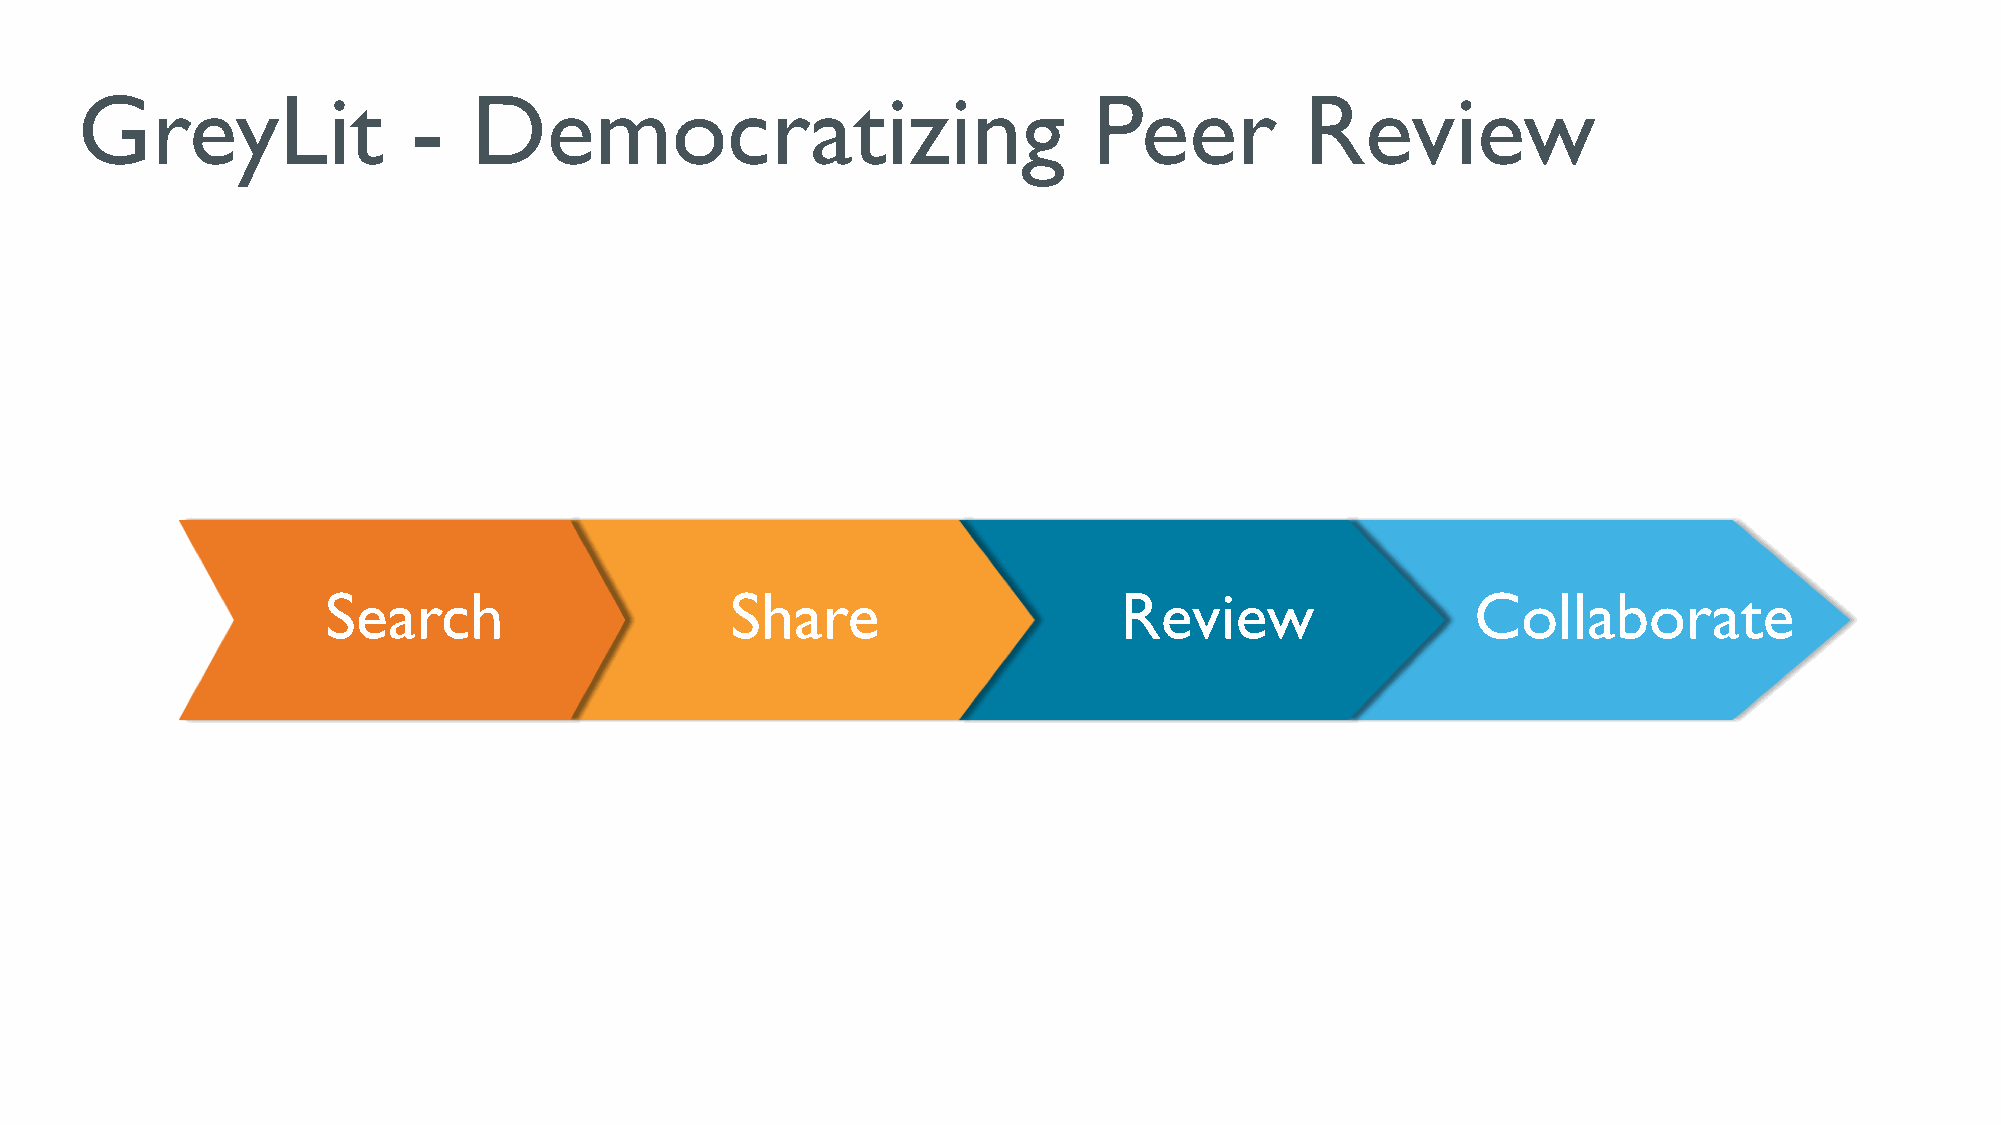
GreyLit               -   Democratizing                            Peer          Review
 Search                    Share                     Review                  Collaborate